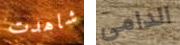
شاهدت الدامي